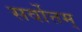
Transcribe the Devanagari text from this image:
सर्वोत्तम्